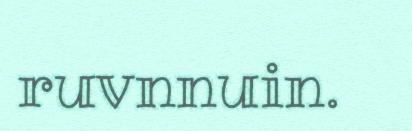
ruvnnuin.